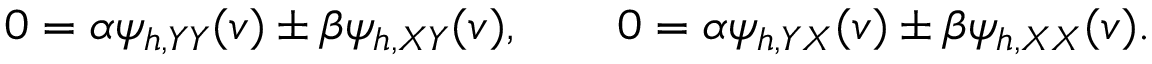
0 = \alpha \psi _ { h , Y Y } ( v ) \pm \beta \psi _ { h , X Y } ( v ) , \qquad 0 = \alpha \psi _ { h , Y X } ( v ) \pm \beta \psi _ { h , X X } ( v ) .